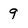
Character: 9